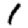
Digit: 1